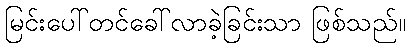
မြင်းပေါ်တင်ခေါ်လာခဲ့ခြင်းသာ ဖြစ်သည်။